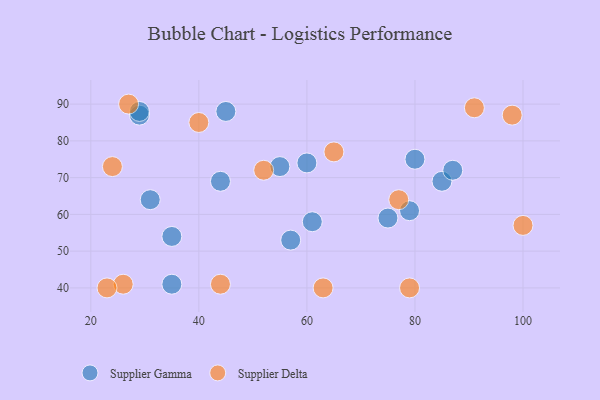
{"axis": {"x": "GDP", "y": "Life Expectancy"}, "legend": ["Supplier Delta", "Supplier Gamma"], "data": [{"x": "35", "y": 41, "type": "Supplier Gamma"}, {"x": "57", "y": 53, "type": "Supplier Gamma"}, {"x": "60", "y": 74, "type": "Supplier Gamma"}, {"x": "29", "y": 87, "type": "Supplier Gamma"}, {"x": "85", "y": 69, "type": "Supplier Gamma"}, {"x": "80", "y": 75, "type": "Supplier Gamma"}, {"x": "61", "y": 58, "type": "Supplier Gamma"}, {"x": "87", "y": 72, "type": "Supplier Gamma"}, {"x": "35", "y": 54, "type": "Supplier Gamma"}, {"x": "55", "y": 73, "type": "Supplier Gamma"}, {"x": "45", "y": 88, "type": "Supplier Gamma"}, {"x": "29", "y": 88, "type": "Supplier Gamma"}, {"x": "44", "y": 69, "type": "Supplier Gamma"}, {"x": "75", "y": 59, "type": "Supplier Gamma"}, {"x": "31", "y": 64, "type": "Supplier Gamma"}, {"x": "79", "y": 61, "type": "Supplier Gamma"}, {"x": "24", "y": 73, "type": "Supplier Delta"}, {"x": "52", "y": 72, "type": "Supplier Delta"}, {"x": "77", "y": 64, "type": "Supplier Delta"}, {"x": "98", "y": 87, "type": "Supplier Delta"}, {"x": "100", "y": 57, "type": "Supplier Delta"}, {"x": "26", "y": 41, "type": "Supplier Delta"}, {"x": "44", "y": 41, "type": "Supplier Delta"}, {"x": "23", "y": 40, "type": "Supplier Delta"}, {"x": "63", "y": 40, "type": "Supplier Delta"}, {"x": "91", "y": 89, "type": "Supplier Delta"}, {"x": "65", "y": 77, "type": "Supplier Delta"}, {"x": "27", "y": 90, "type": "Supplier Delta"}, {"x": "79", "y": 40, "type": "Supplier Delta"}, {"x": "40", "y": 85, "type": "Supplier Delta"}]}